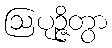
ဩပုဉ္ဇိတွာ